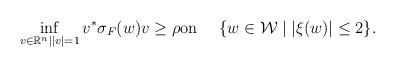
LaTeX: \begin{align*}\inf_{v \in {\mathbb R}^{n} \mid |v|=1} v^* \sigma_F (w) v \ge \rho\mbox{on \quad$\{w \in {\cal W} \mid |\xi (w)| \le 2 \}$.}\end{align*}